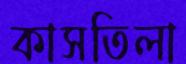
কাসতিলা